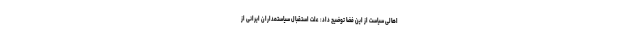
اهالی سیاست از این فضا توضیح داد: علت استقبال سیاستمداران ایرانی از